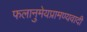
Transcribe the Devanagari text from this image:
फलानुमेयप्रामण्यवादी